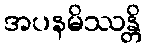
အပနမိဿန္တိ